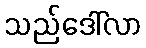
သည်ဒေါ်လာ